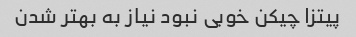
پیتزا چیکن خوبی نبود نیاز به بهتر شدن